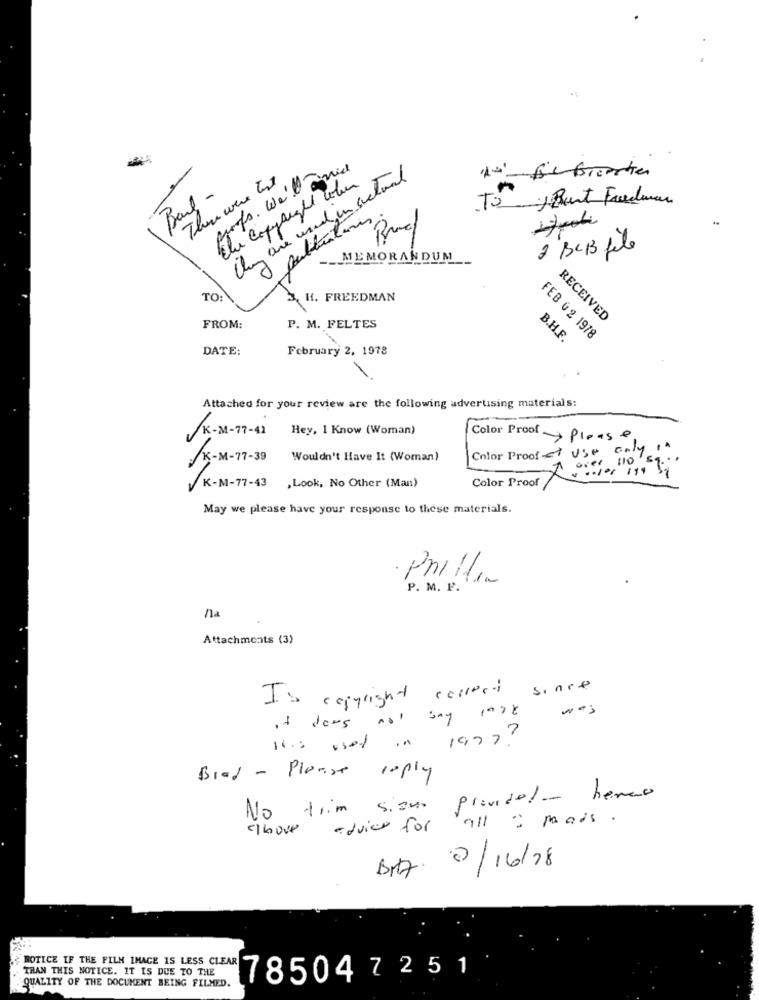
There were Ent
they are used in actual
Baul -
8 pultuations
2 BCB file
MEMORANDUM
TO.
H. FREEDMAN
RECEIVED
FROM:
P. M. FELTES
B.H.F.
FEB 0 2 1978
DATE:
February 2, 1978
Attached for your review are the following advertising materials:
/K-M-77-41
Hey, 1 Know (Woman)
Color Proofs Please
Color Proofst use only
/K-M-77-39
Wouldn't Have It (Woman)
110
32.1 119
Color Proof
K-M-77-43 ,Look, No Other (Man)
May we please have your response to these materials.
· Phillin
P. M. F.
na
Attachments (3)
Is copyright collect since
was
it does not say lagt
Is used in 1997?
Brad - Please reply
pravidel- herao
No trim siamo
advies for all ; mais.
hove
2/16/78
THAN THIS NOTICE. IT IS DUE TO THE
NOTICE IF THE FILM IMAGE IS LESS CLEAR
785047251
QUALITY OF THE DOCUMENT BEING FILMED.